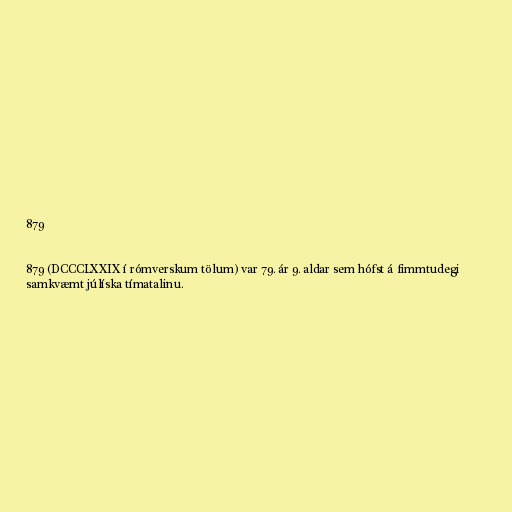
879

879 (DCCCLXXIX í rómverskum tölum) var 79. ár 9. aldar sem hófst á fimmtudegi
samkvæmt júlíska tímatalinu.